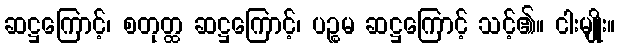
ဆဋ္ဌကြောင့်၊ စတုတ္ထ ဆဋ္ဌကြောင့်၊ ပဉ္စမ ဆဋ္ဌကြောင့် သင့်၏။ ငါးမျိုး။